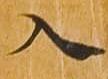
入